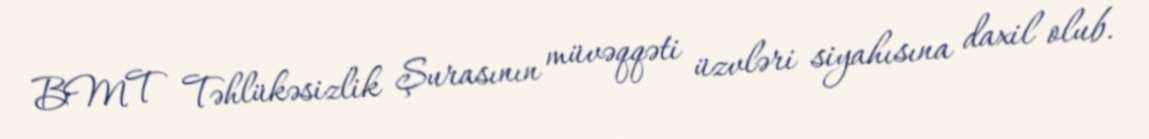
BMT Təhlükəsizlik Şurasının müvəqqəti üzvləri siyahısına daxil olub.